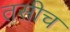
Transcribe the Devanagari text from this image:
तसीच